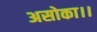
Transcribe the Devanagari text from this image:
असोका।।